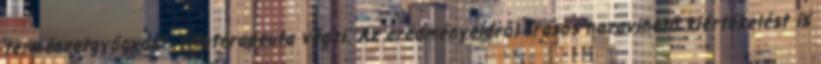
természetgyógyász, fitoterapeuta végzi. Az eredményeidről írásos hazavihető kiértékelést is